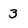
Character: 3